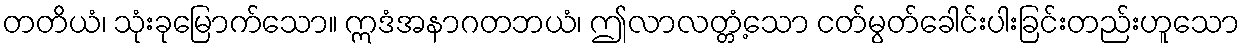
တတိယံ၊ သုံးခုမြောက်သော။ ဣဒံအနာဂတဘယံ၊ ဤလာလတ္တံ့သော ငတ်မွတ်ခေါင်းပါးခြင်းတည်းဟူသော